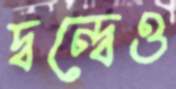
দ্বন্দ্বেও